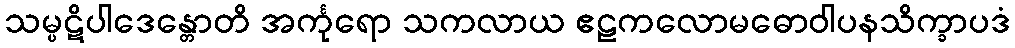
သမ္ပဋိပါဒေန္တောတိ အင်္ကုရော သကလာယ ဧဠကလောမဓောဝါပနသိက္ခာပဒံ